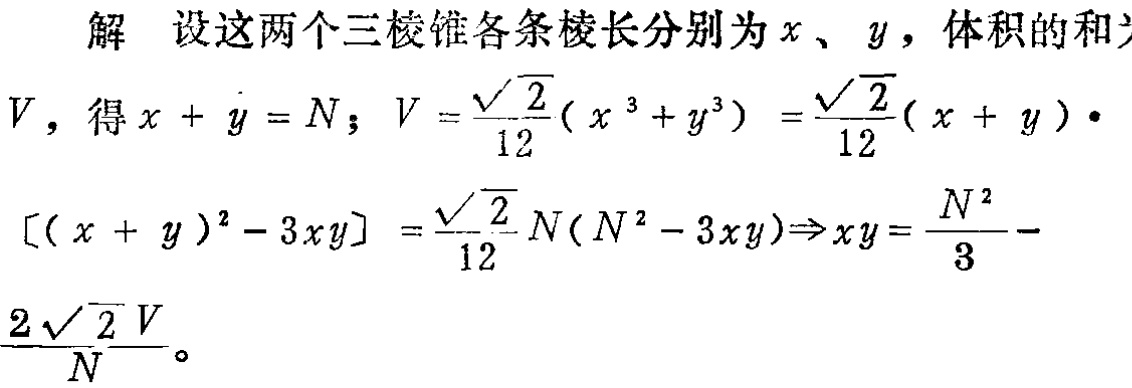
解 设这两个三棱锥各条棱长分别为\(x\)、\(y\)，体积的和为
\(V\)，得\(x + y = N\)；\(V = \frac{\sqrt{2}}{12}(x^{3}+y^{3})=\frac{\sqrt{2}}{12}(x + y)\cdot\)
\([(x + y)^{2}-3xy]=\frac{\sqrt{2}}{12}N(N^{2}-3xy)\Rightarrow xy = \frac{N^{2}}{3}- \)
\(\frac{2\sqrt{2}V}{N}\)。